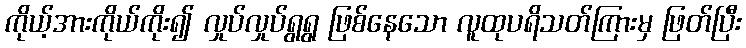
ကိုယ့်အားကိုယ်ကိုး၍ လှုပ်လှုပ်ရွရွ ဖြစ်နေသော လူထုပရိသတ်ကြားမှ ဖြတ်ပြီး